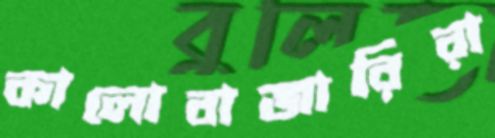
কালোবাজারিরা